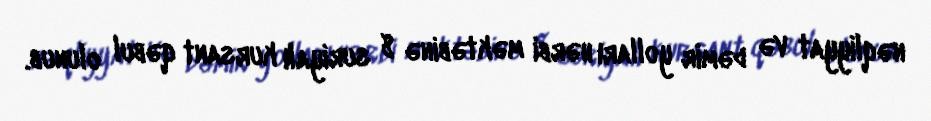
nəqliyyat və dəmir yolları hərbi məktəbinə 8 suriyalı kursant qəbul olunub.